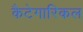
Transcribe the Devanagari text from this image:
कैटेगारिकल